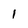
Character: 1